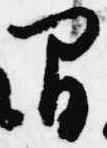
間